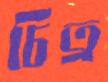
চিত্র